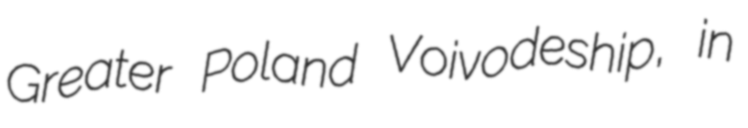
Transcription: Greater Poland Voivodeship, in